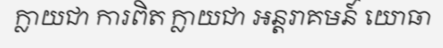
ក្លាយជា ការពិត ក្លាយជា អន្តរាគមន៍ យោធា